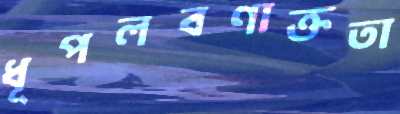
ধূপলবণাক্ততা